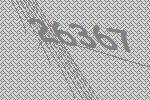
26367